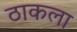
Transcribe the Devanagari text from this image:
ठाकला